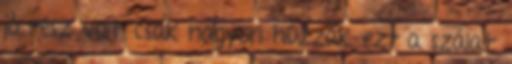
jó rész volt, csak nagyon húzzák ezt a szálat.